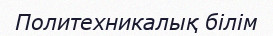
Политехникалық білім